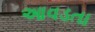
આવડતા